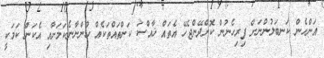
އަންހެން ކަނބަލުންނަށް ފިރިހެނުން ކޮށްދޭންޖެހޭ އެތައް ޚާއްސަ ކަންތައްތަކެއް ހުންނާނެކަމަށާއި އެކަން ކަމަކީ